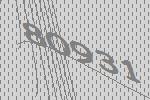
80931